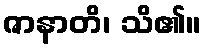
ဇာနာတိ၊ သိ၏။